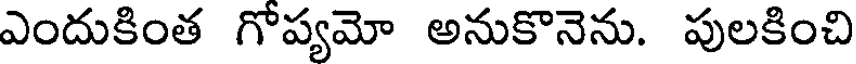
ఎందుకింత గోప్యమో అనుకొనెను. పులకించి